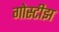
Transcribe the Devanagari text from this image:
गोस्टीझ